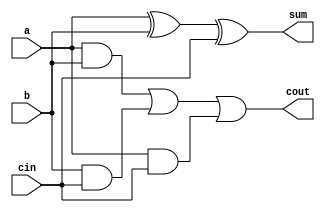
module one_bit_full_adder (a, b, cin, sum, cout);

   // Inputs
   input a;
   input b;
   input cin;

   // Outputs
   output sum;
   wire sum;
   output cout;
   wire cout;

   // Combinational logic for the module
   assign sum = a^b^cin;
   assign cout = (a&b)|(b&cin)|(a&cin); 

endmodule